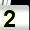
Digit: 2